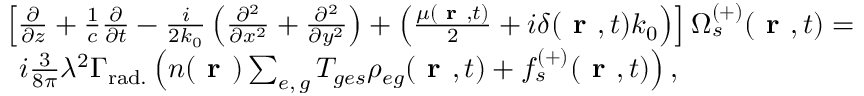
\begin{array} { r l } & { \left[ \frac { \partial } { \partial z } + \frac { 1 } { c } \frac { \partial } { \partial t } - \frac { i } { 2 k _ { 0 } } \left( \frac { \partial ^ { 2 } } { \partial x ^ { 2 } } + \frac { \partial ^ { 2 } } { \partial y ^ { 2 } } \right) + \left( \frac { \mu ( \textbf { r } , t ) } { 2 } + i \delta ( \textbf { r } , t ) k _ { 0 } \right) \right] \Omega _ { s } ^ { ( + ) } ( \textbf { r } , t ) = } \\ & { \, \, \, i \frac { 3 } { 8 \pi } \lambda ^ { 2 } \Gamma _ { \mathrm { r a d . } } \left( n ( \textbf { r } ) \sum _ { e , \, g } T _ { g e s } \rho _ { e g } ( \textbf { r } , t ) + f _ { s } ^ { ( + ) } ( \textbf { r } , t ) \right) , } \end{array}